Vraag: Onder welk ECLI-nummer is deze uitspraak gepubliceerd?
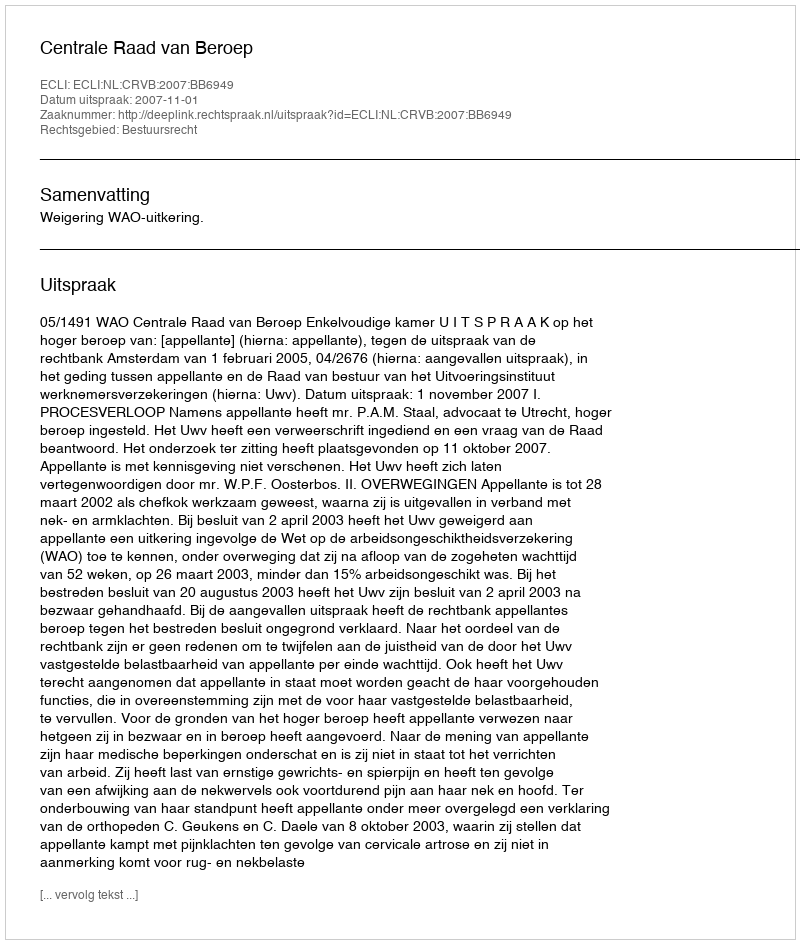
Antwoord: ECLI:NL:CRVB:2007:BB6949